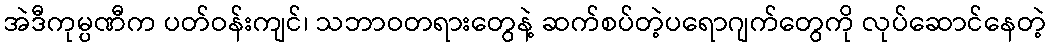
အဲဒီကုမ္ပဏီက ပတ်ဝန်းကျင်၊ သဘာဝတရားတွေနဲ့ ဆက်စပ်တဲ့ပရောဂျက်တွေကို လုပ်ဆောင်နေတဲ့